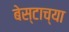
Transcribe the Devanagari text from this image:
बेस्टाच्या